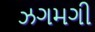
ઝગમગી